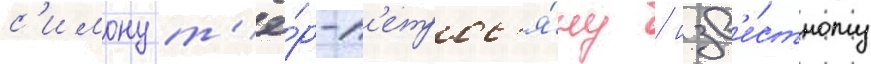
с'имону т'ё́р-п'етрос'я́ну / изв'е́стному